Vaccination in Bombay 1869-1873 - 1869-1873
Year: 1869
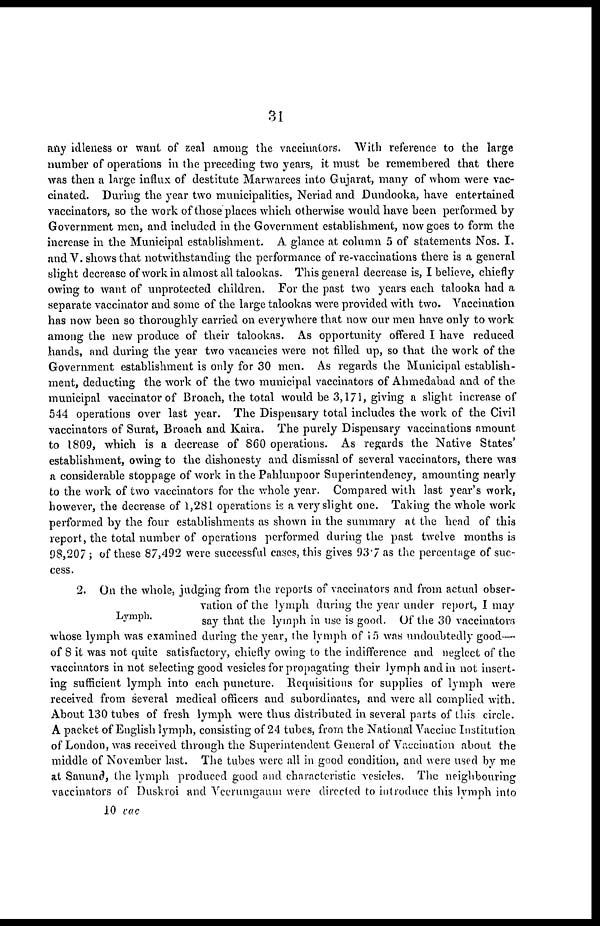
31
any idleness or want of zeal among the vaccinators. With reference to the large
number of operations in the preceding two years, it must be remembered that there
was then a large influx of destitute Marwarees into Gujarat, many of whom were vac-
cinated. During the year two municipalities, Neriad and Dundooka, have entertained
vaccinators, so the work of those places which otherwise would have been performed by
Government men, and included in the Government establishment, now goes to form the
increase in the Municipal establishment. A glance at column 5 of statements Nos. I.
and V. shows that notwithstanding the performance of re-vaccinations there is a general
slight decrease of work in almost all talookas. This general decrease is, I believe, chiefly
owing to want of unprotected children. For the past two years each talooka had a
separate vaccinator and some of the large talookas were provided with two. Vaccination
has now been so thoroughly carried on everywhere that now our men have only to work
among the new produce of their talookas. As opportunity offered I have reduced
hands, and during the year two vacancies were not filled up, so that the work of the
Government establishment is only for 30 men. As regards the Municipal establish-
ment, deducting the work of the two municipal vaccinators of Ahmedabad and of the
municipal vaccinator of Broach, the total would be 3,171, giving a slight increase of
544 operations over last year. The Dispensary total includes the work of the Civil
vaccinators of Surat, Broach and Kaira. The purely Dispensary vaccinations amount
to 1809, which is a decrease of 860 operations. As regards the Native States'
establishment, owing to the dishonesty and dismissal of several vaccinators, there was
a considerable stoppage of work in the Pahlunpoor Superintendency, amounting nearly
to the work of two vaccinators for the whole year. Compared with last year's work,
however, the decrease of 1,281 operations is a very slight one. Taking the whole work
performed by the four establishments as shown in the summary at the head of this
report, the total number of operations performed during the past twelve months is
98,207 ; of these 87,492 were successful cases, this gives 93.7 as the percentage of suc-
cess.
Lymph.
2. On the whole, judging from the reports of vaccinators and from actual obser-
vation of the lymph during the year under report, I may
say that the lymph in use is good. Of the 30 vaccinators
whose lymph was examined during the year, the lymph of 15 was undoubtedly good—
of 8 it was not quite satisfactory, chiefly owing to the indifference and neglect of the
vaccinators in not selecting good vesicles for propagating their lymph and in not insert-
ing sufficient lymph into each puncture. Requisitions for supplies of lymph were
received from several medical officers and subordinates, and were all complied with.
About 130 tubes of fresh lymph were thus distributed in several parts of this circle.
A packet of English lymph, consisting of 24 tubes, from the National Vaccine Institution
of London, was received through the Superintendent General of Vaccination about the
middle of November last. The tubes were all in good condition, and were used by me
at Sanund, the lymph produced good and characteristic vesicles. The neighbouring
vaccinators of Duskroi and Veerumgaum were directed to introduce this lymph into
10 vac